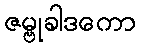
ဇမ္ဗုခါဒကော